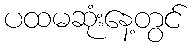
ပထမဆုံးနေ့တွင်